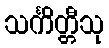
သင်္ကိတ္တီသု